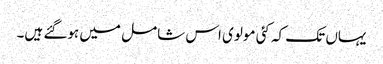
یہاں تک کہ کئی مولوی اس شامل میں ہوگئے ہیں۔